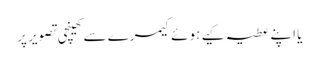
یا اپنے عطیہ کیے ہوئے کیمرے سے کھینچی تصویر پر